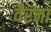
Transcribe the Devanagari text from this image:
वैरंजा